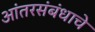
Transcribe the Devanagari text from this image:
आंतरसंबंधाचे